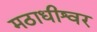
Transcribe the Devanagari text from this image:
मठाधीश्वर